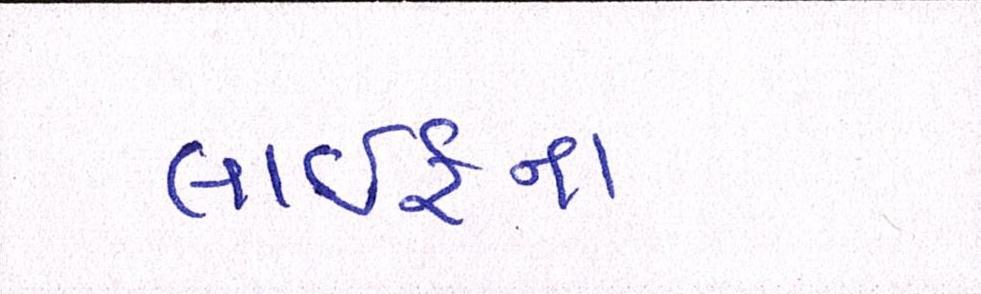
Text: લાઈફના